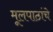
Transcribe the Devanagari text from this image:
मूलपाठांचे